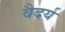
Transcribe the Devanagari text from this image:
वैदर्य